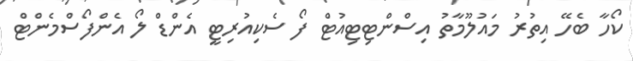
ކޯހާ ބެހޭ އިތުރު މައުލޫމާތު އިސްންޓިޓިއުޓް ފޯ ސެކިއުރިޓީ އެންޑް ލޯ އެންފޯސްމެންޓް